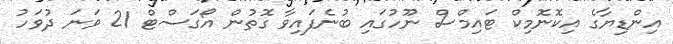
އިންޑިޔާގެ އިކޮނޮމިކް ޓައިމްސް ނޫހުގައި ބުނެފައިވާ ގޮތުން އޯގަސްޓް 21 ވަނަ ދުވަހު